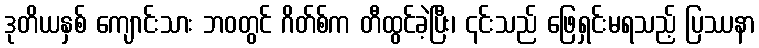
ဒုတိယနှစ် ကျောင်းသား ဘဝတွင် ဂိတ်စ်က တီထွင်ခဲ့ပြီး၊ ၎င်းသည် ဖြေရှင်းမရသည့် ပြဿနာ